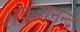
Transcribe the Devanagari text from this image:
शंकरानन्द